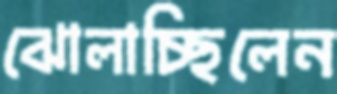
ঝোলাচ্ছিলেন